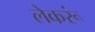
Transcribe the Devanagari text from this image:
लेकरूं